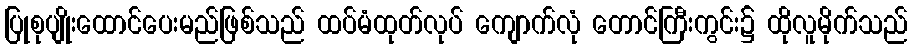
ပြုစုပျိုးထောင်ပေးမည်ဖြစ်သည် ထပ်မံထုတ်လုပ် ကျောက်လုံ တောင်ကြီးကွင်း၌ ထိုလူမိုက်သည်